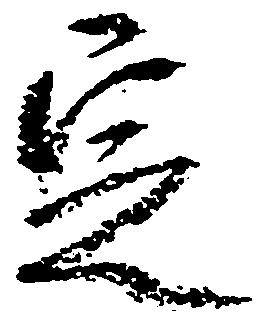
定